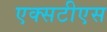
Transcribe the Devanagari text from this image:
एक्सटीएस